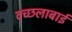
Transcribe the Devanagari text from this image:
वच्छलाबाई